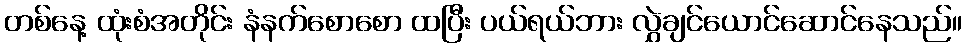
တစ်နေ့ ထုံးစံအတိုင်း နံနက်စောစော ထပြီး ပယ်ရယ်ဘား လွှဲချင်ယောင်ဆောင်နေသည်။